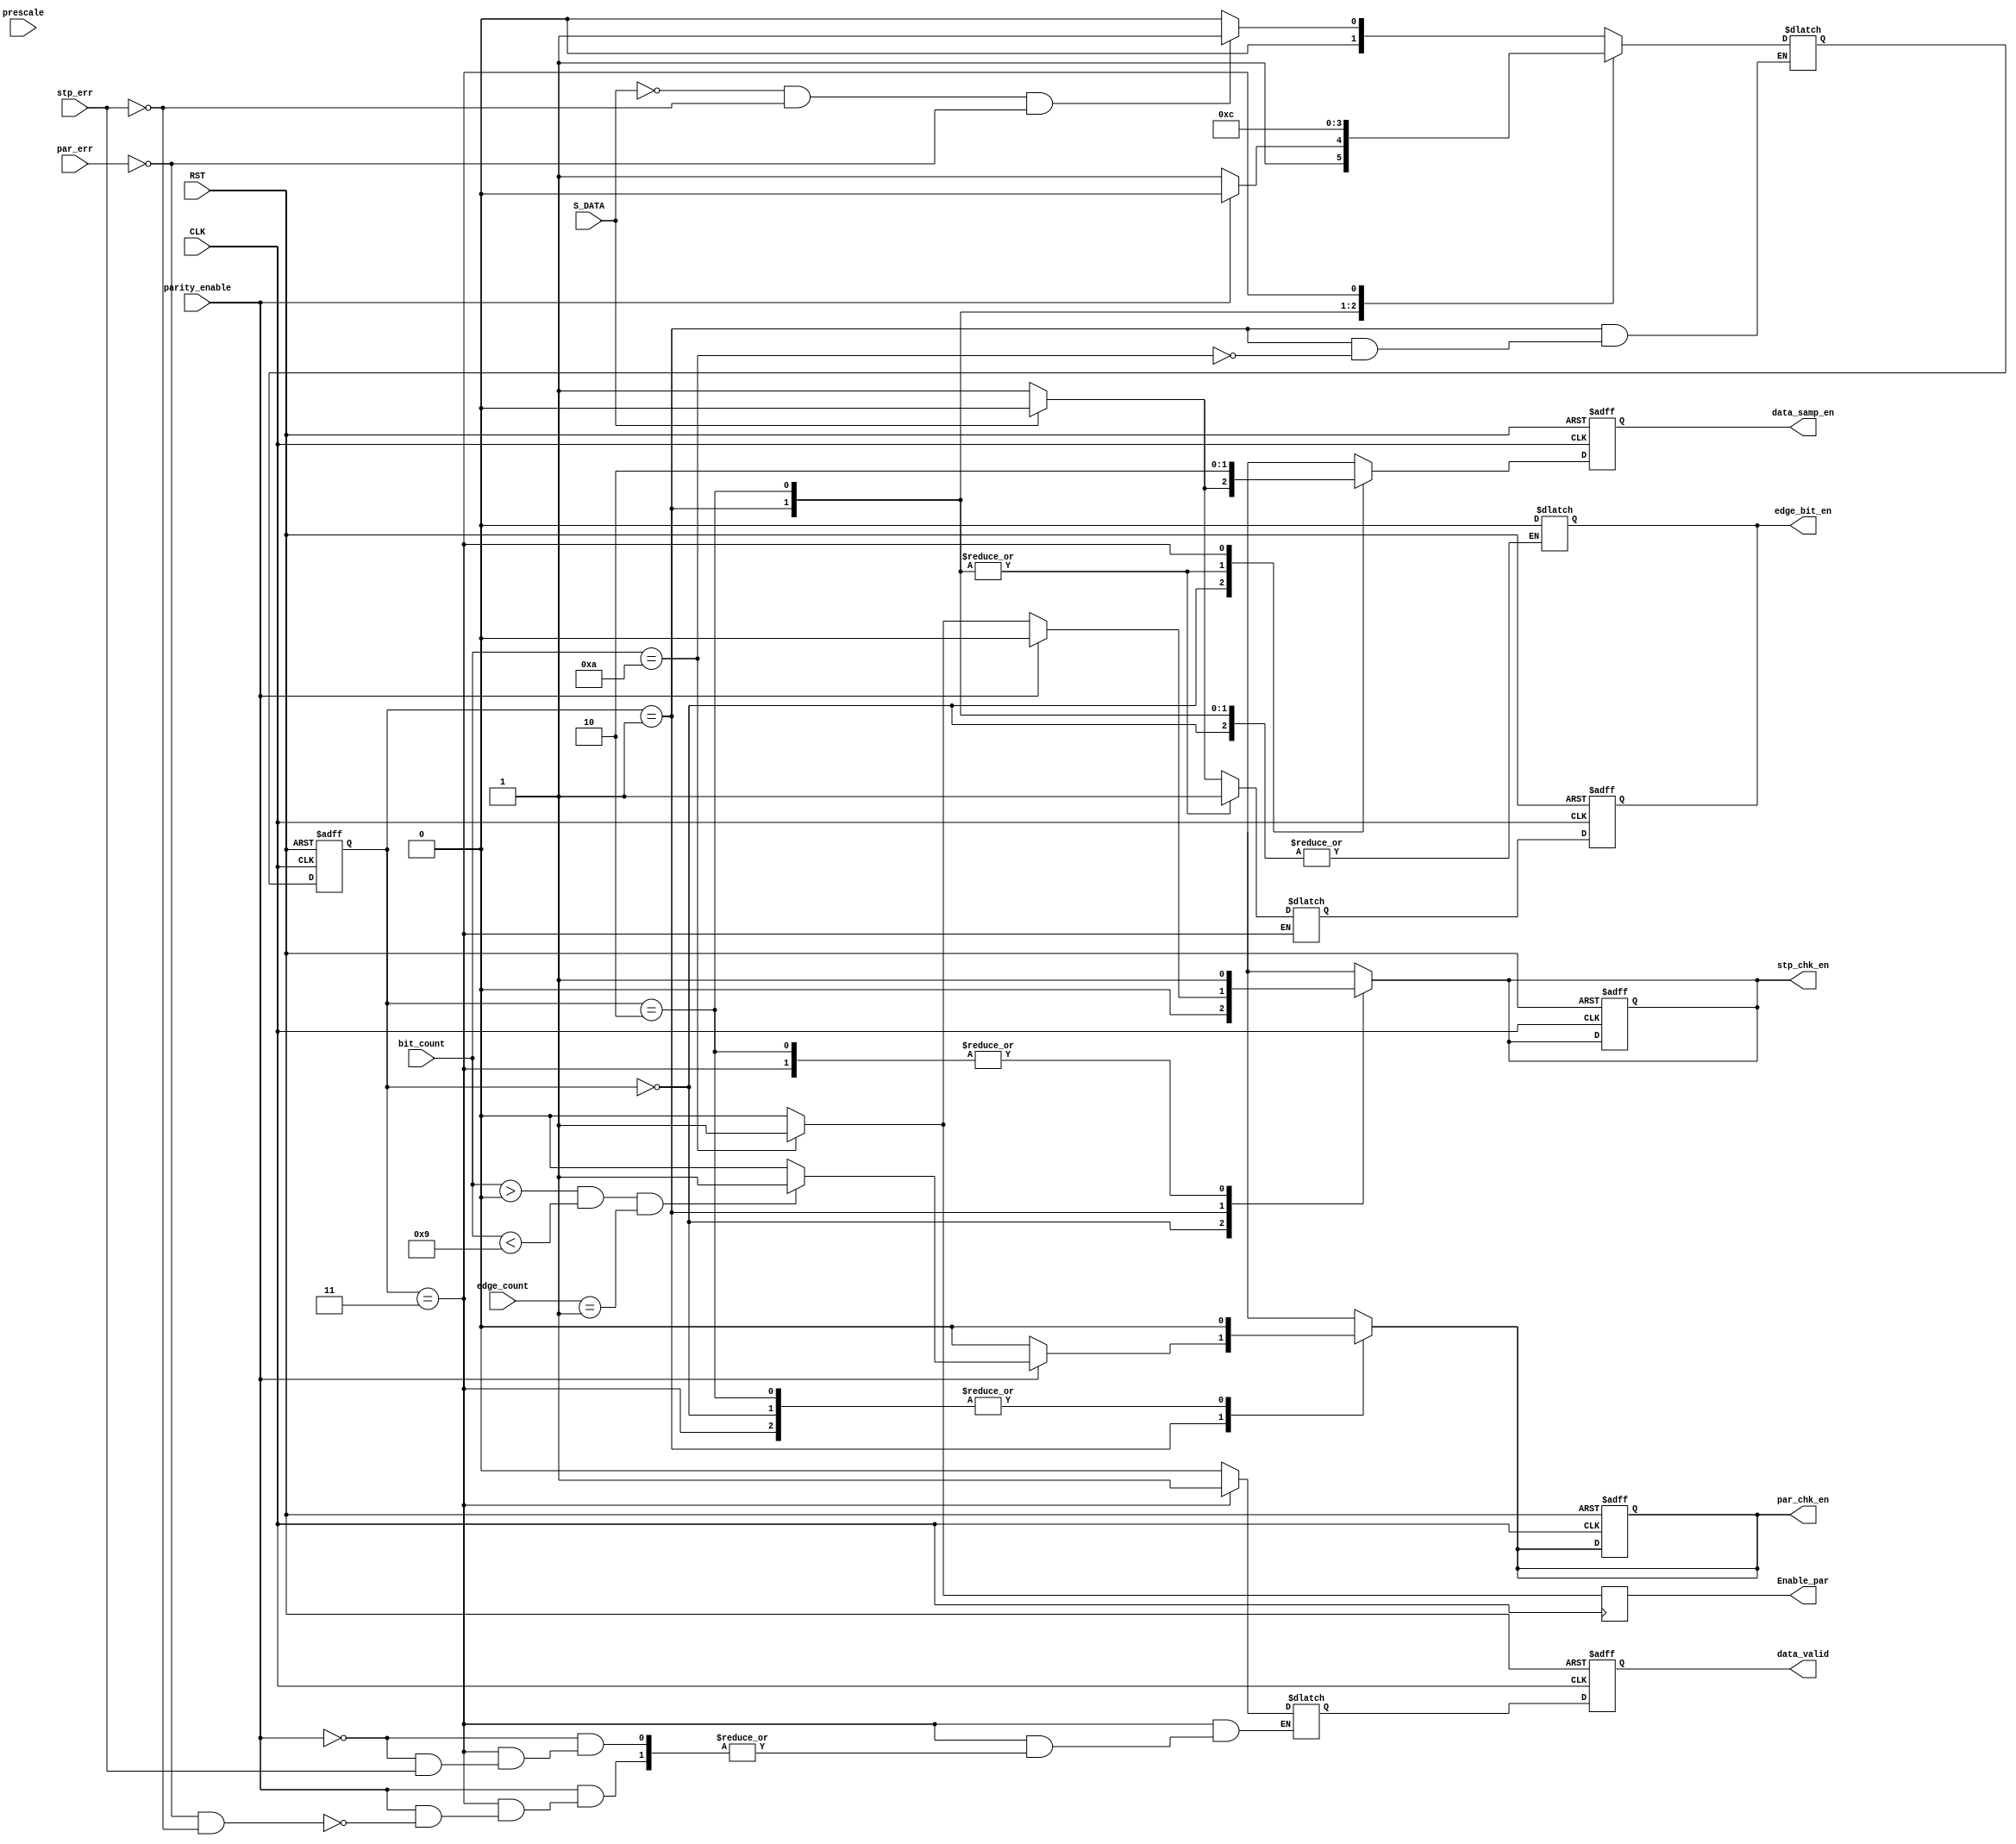
module uart_rx_fsm 
  (
  input wire CLK,
  input wire RST,
  input wire S_DATA,
  input wire parity_enable,
  input wire [5:0] prescale,
  input wire [3:0] edge_count,
  input wire [3:0] bit_count,
  input wire par_err,
  input wire stp_err,
  output reg edge_bit_en,
  output reg data_samp_en,
  output reg stp_chk_en,
  output reg par_chk_en,
  output reg Enable_par,
  output reg data_valid
  );
localparam Idle='d0,
data='d1,
par='d2,
stp='d3; 

reg [1:0] current_state;
reg[1:0] next_state;
reg edge_bit_en_c;
reg data_sample_en_c;
reg stp_chk_en_c;
reg par_chk_en_c;
reg data_valid_c;


always@(posedge CLK or negedge RST)
begin
  if(!RST)
    begin
      current_state<=Idle;
      edge_bit_en <= 0;
      data_samp_en <= 0;
      stp_chk_en <= 0;
      par_chk_en <= 0;
      data_valid <= 0;
    end
    
  else 
    begin
      
      current_state<=next_state;
      data_samp_en <= data_sample_en_c;
      edge_bit_en<= edge_bit_en_c;
      //stp_chk_en <= stp_chk_en_c;
      //par_chk_en <= par_chk_en_c;
      data_valid <= data_valid_c;
    
    end
  end
  
  always @(*)
  begin
  case (current_state)
  Idle:begin
  if(S_DATA==0 & !stp_err & !par_err)
    next_state=data;
  else
    next_state=Idle;
end  
data:begin
  if(bit_count=='d10)
    begin
      if(parity_enable)
        next_state=par;
      else
       next_state=stp; 
    end
end
par:begin
  next_state=stp;
end
stp:begin
  next_state=Idle;
end
endcase
  end
  
  
  always @(*)
  begin
  case (current_state)
  Idle:begin
    edge_bit_en_c='b0;
    data_sample_en_c='b0;
    stp_chk_en='b0;
    par_chk_en='b0;
    data_valid_c='b0;
  if(S_DATA==0)
    begin
  edge_bit_en_c='b1;
  data_sample_en_c='b1;
  par_chk_en='b0;
end    
end  
data:begin
  edge_bit_en_c='b1;
    data_sample_en_c='b1;
    stp_chk_en='b0;
    par_chk_en='b0;
    data_valid_c='b0;
      if(parity_enable)
        begin
        stp_chk_en='b0;
        if(bit_count>'d0 & bit_count < 'd9 & edge_count == 'd1)
        par_chk_en='b1;
      else
        par_chk_en='b0;
      end
      else
        begin
        if(bit_count=='d10)
       stp_chk_en='b1; 
     else
       stp_chk_en='b0;
       end 
end
par:begin
  edge_bit_en_c='b1;
    data_sample_en_c='b1;
    stp_chk_en='b1;
    par_chk_en='b0;
    data_valid_c='b0;
end
stp:begin
  edge_bit_en='b0;
    data_sample_en_c='b0;
    stp_chk_en='b1;
    par_chk_en='b0;
    if (parity_enable)
      begin
    if(!par_err & !stp_err)
    data_valid_c='b1;
  end
  else
    begin
    if(!stp_err)
    data_valid_c='b1;
  end
    
end
endcase
  end
  
  always @(posedge CLK)
  begin
    if(bit_count=='d10)
      Enable_par='b1;
    else
      Enable_par='b0;
  end
  

  
endmodule